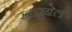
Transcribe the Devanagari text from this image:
खारबेल